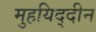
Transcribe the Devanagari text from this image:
मुहयिद्दीन